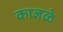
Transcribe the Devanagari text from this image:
काजळे